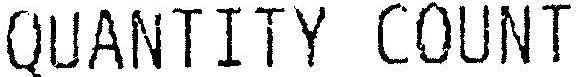
QUANTITY COUNT